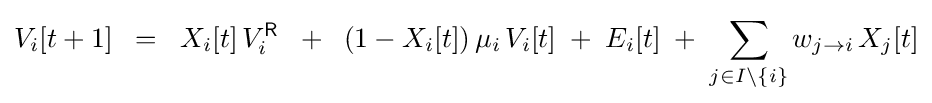
V_{i}[t+1]\;\;=\;\;X_{i}[t]\,V_{i}^{\mathsf {R}}\;\;+\;\;(1-X_{i}[t])\,\mu _{i}\,V_{i}[t]\;+\;E_{i}[t]\;+\;\sum _{j\in I\setminus \{i\}}w_{j\to i}\,X_{j}[t]